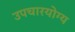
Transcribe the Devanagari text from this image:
उपचारयोग्य